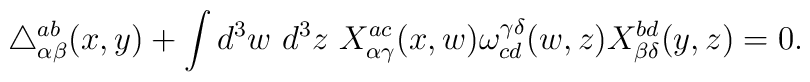
\triangle_{\alpha \beta}^{ab} (x,y) +   \int d^3 w~ d^3 z~        X_{\alpha \gamma}^{ac} (x,w) \omega^{\gamma \delta}_{cd} (w,z) X_{\beta \delta}^{bd} (y,z)         = 0.